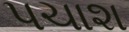
પચાશ